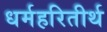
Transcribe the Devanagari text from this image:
धर्महरितीर्थ